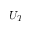
U _ { T }